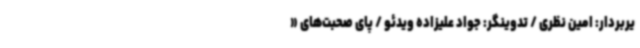
یربردار: امین نظری / تدوینگر: جواد علیزاده ویدئو / پای صحبت‌های «